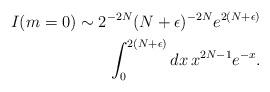
LaTeX: \begin{align*}I(m=0) \sim 2^{-2N} (N + \epsilon)^{-2N} e^{2(N+\epsilon)}\\ \int^{2(N+\epsilon)}_0 dx \, x^{2N-1} e^{-x}.\end{align*}